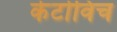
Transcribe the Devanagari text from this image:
केटोविच